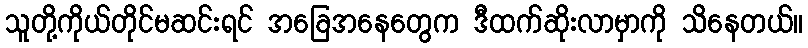
သူတို့ကိုယ်တိုင်မဆင်းရင် အခြေအနေတွေက ဒီထက်ဆိုးလာမှာကို သိနေတယ်။